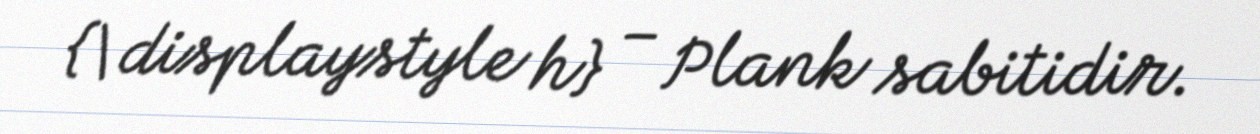
{\displaystyle h} – Plank sabitidir.